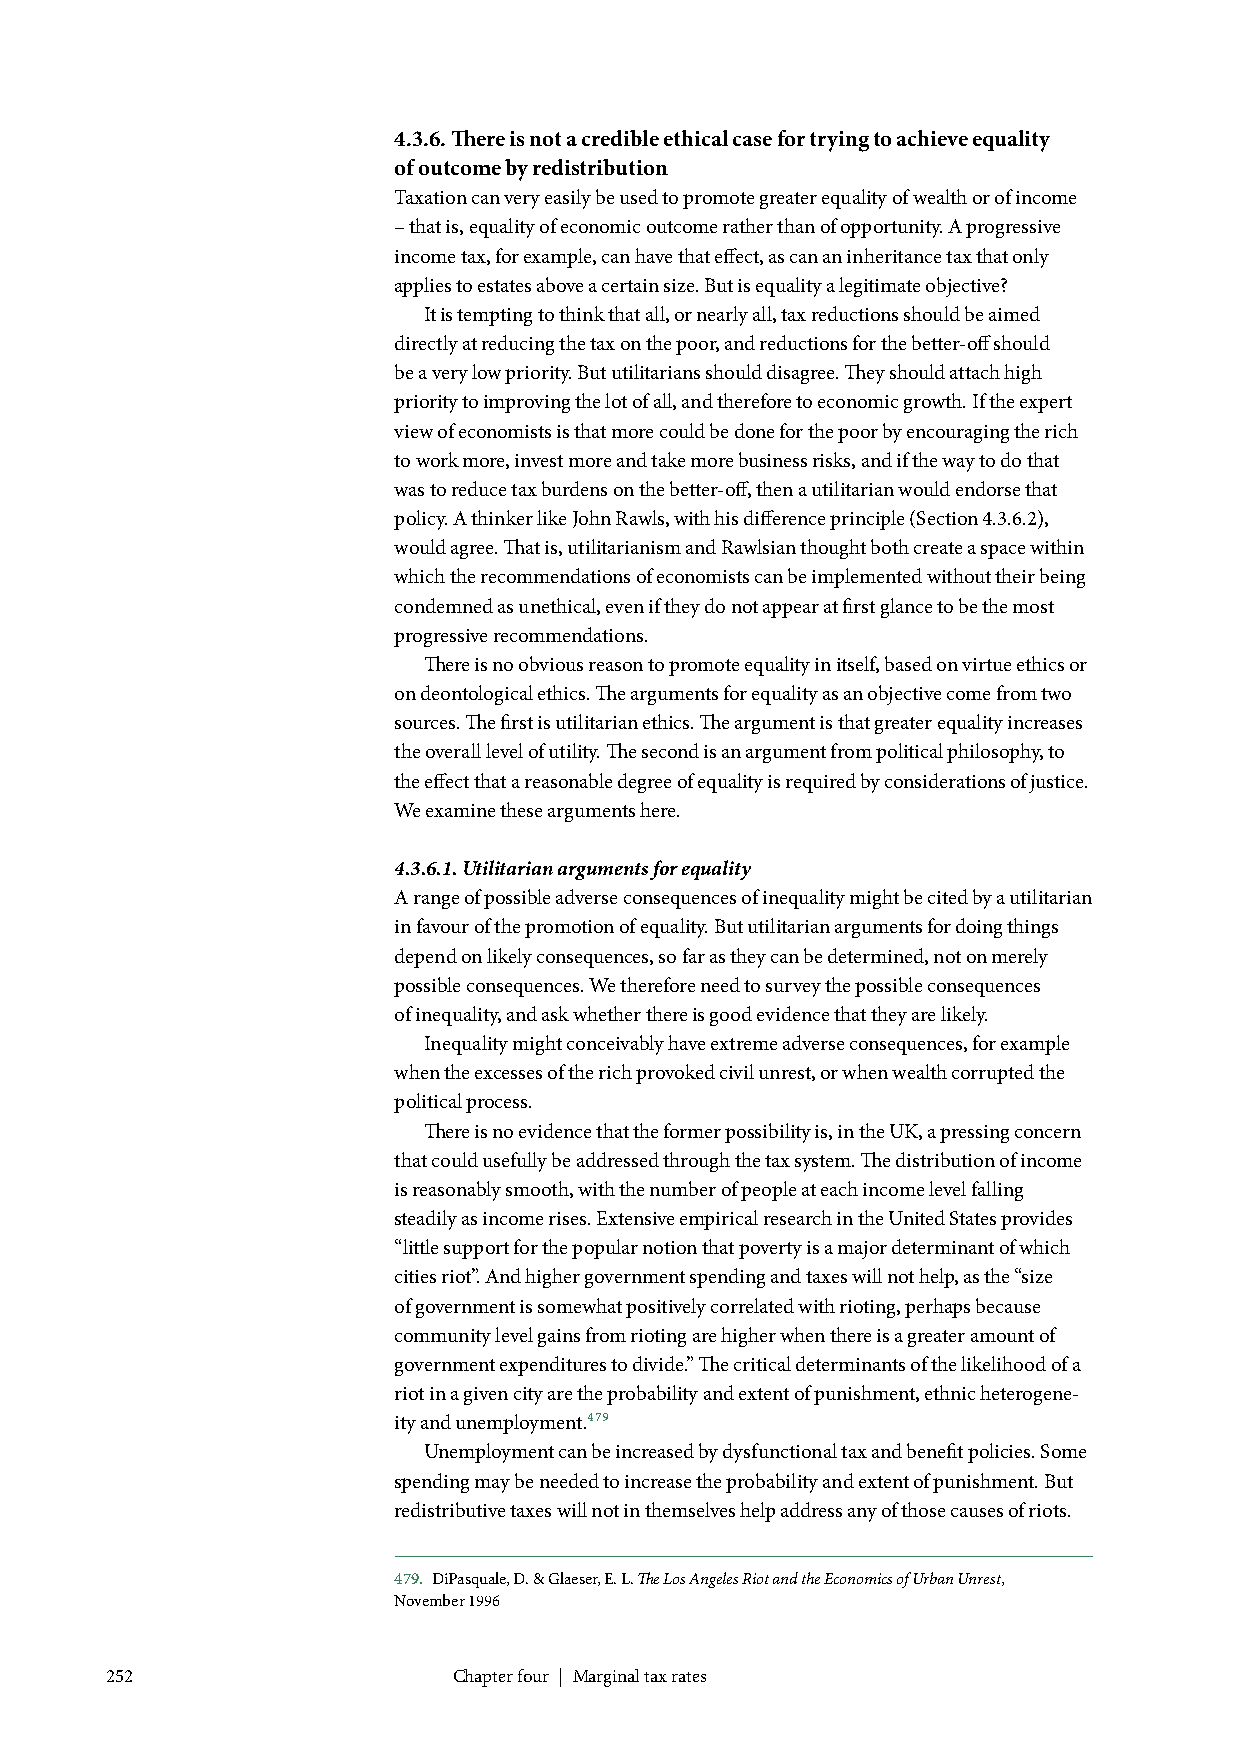
4.3.6. There is not a credible ethical case for trying to achieve equality
 of outcome by redistribution
 Taxation can very easily be used to promote greater equality of wealth or of income
 – that is, equality of economic outcome rather than of opportunity. A progressive
 income tax, for example, can have that effect, as can an inheritance tax that only
 applies to estates above a certain size. But is equality a legitimate objective?
 It is tempting to think that all, or nearly all, tax reductions should be aimed
 directly at reducing the tax on the poor, and reductions for the better-off should
 be a very low priority. But utilitarians should disagree. They should attach high
 priority to improving the lot of all, and therefore to economic growth. If the expert
 view of economists is that more could be done for the poor by encouraging the rich
 to work more, invest more and take more business risks, and if the way to do that
 was to reduce tax burdens on the better-off, then a utilitarian would endorse that
 policy. A thinker like John Rawls, with his difference principle (Section 4.3.6.2),
 would agree. That is, utilitarianism and Rawlsian thought both create a space within
 which the recommendations of economists can be implemented without their being
 condemned as unethical, even if they do not appear at first glance to be the most
 progressive recommendations.
 There is no obvious reason to promote equality in itself, based on virtue ethics or
 on deontological ethics. The arguments for equality as an objective come from two
 sources. The first is utilitarian ethics. The argument is that greater equality increases
 the overall level of utility. The second is an argument from political philosophy, to
 the effect that a reasonable degree of equality is required by considerations of justice.
 We examine these arguments here.
 4.3.6.1. Utilitarian arguments for equality
 A range of possible adverse consequences of inequality might be cited by a utilitarian
 in favour of the promotion of equality. But utilitarian arguments for doing things
 depend on likely consequences, so far as they can be determined, not on merely
 possible consequences. We therefore need to survey the possible consequences
 of inequality, and ask whether there is good evidence that they are likely.
 Inequality might conceivably have extreme adverse consequences, for example
 when the excesses of the rich provoked civil unrest, or when wealth corrupted the
 political process.
 There is no evidence that the former possibility is, in the UK, a pressing concern
 that could usefully be addressed through the tax system. The distribution of income
 is reasonably smooth, with the number of people at each income level falling
 steadily as income rises. Extensive empirical research in the United States provides
 “little support for the popular notion that poverty is a major determinant of which
 cities riot”. And higher government spending and taxes will not help, as the “size
 of government is somewhat positively correlated with rioting, perhaps because
 community level gains from rioting are higher when there is a greater amount of
 government expenditures to divide.” The critical determinants of the likelihood of a
 riot in a given city are the probability and extent of punishment, ethnic heterogene-
 ity and unemployment.479
 Unemployment can be increased by dysfunctional tax and benefit policies. Some
 spending may be needed to increase the probability and extent of punishment. But
 redistributive taxes will not in themselves help address any of those causes of riots.
 479. DiPasquale, D. & Glaeser, E. L. The Los Angeles Riot and the Economics of Urban Unrest,
 November 1996
 252                    Chapter four | Marginal tax rates